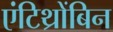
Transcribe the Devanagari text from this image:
एंटिथ्रोंबिन